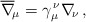
\begin{align*}\overline\nabla_{\!\mu}=\gamma_\mu^{\,\nu}\nabla_{\!\nu}\,,\end{align*}